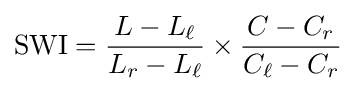
{\text{SWI}}={\frac {L-L_{\ell }}{L_{r}-L_{\ell }}}\times {\frac {C-C_{r}}{C_{\ell }-C_{r}}}